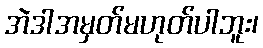
အဲဒါအမှတ်မဟုတ်ပါဘူး၊